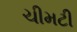
ચીમટી